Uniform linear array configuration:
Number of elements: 32
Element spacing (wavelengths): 0.75
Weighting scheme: hamming
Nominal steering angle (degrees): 15
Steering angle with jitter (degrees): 16.144
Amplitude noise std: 0.05
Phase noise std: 0.05

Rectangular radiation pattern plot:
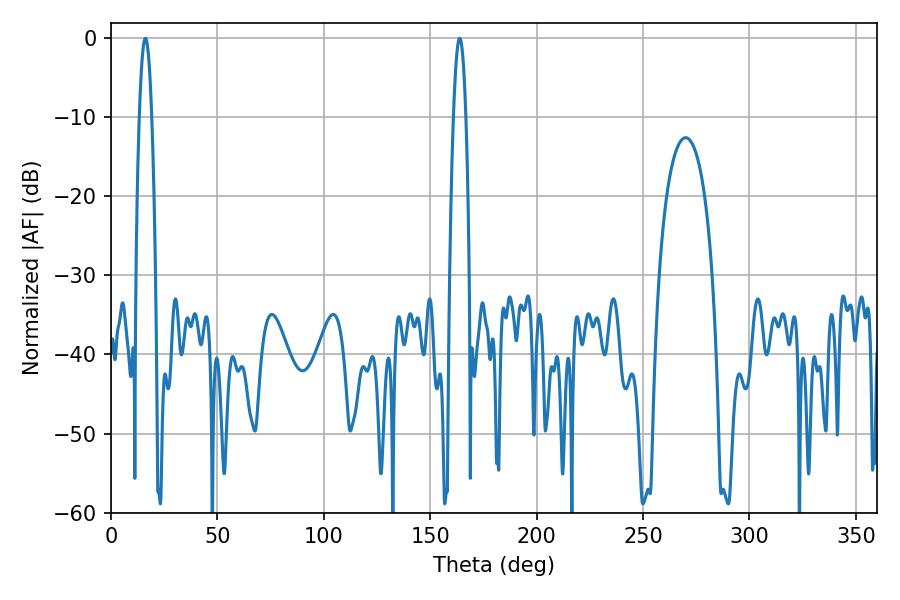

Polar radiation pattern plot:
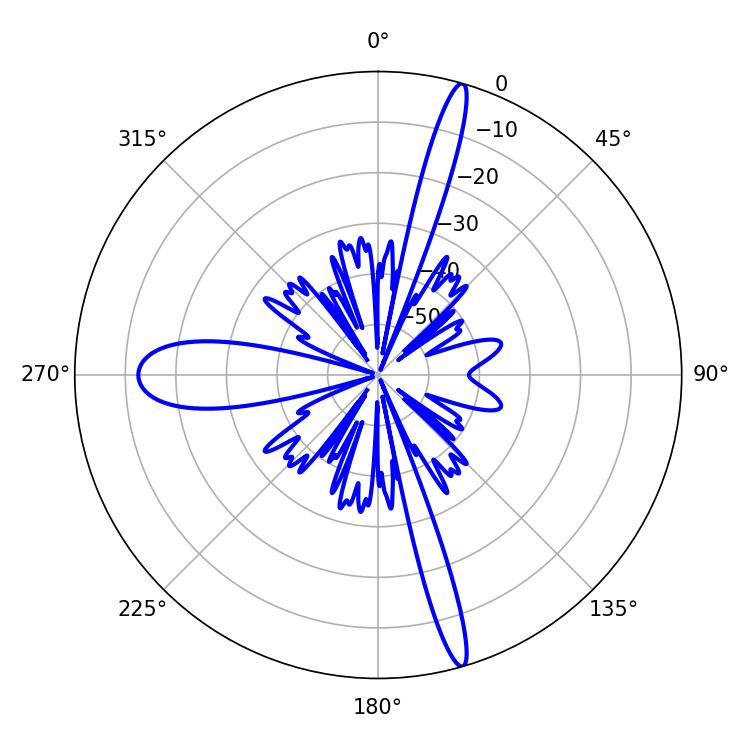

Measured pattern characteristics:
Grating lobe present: TRUE
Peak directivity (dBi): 19.546
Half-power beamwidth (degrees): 3.24
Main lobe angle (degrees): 16.2